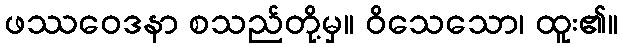
ဖဿဝေဒနာ စသည်တို့မှ။ ဝိသေသော၊ ထူး၏။